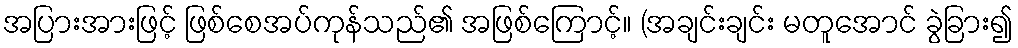
အပြားအားဖြင့် ဖြစ်စေအပ်ကုန်သည်၏ အဖြစ်ကြောင့်။ (အချင်းချင်း မတူအောင် ခွဲခြား၍